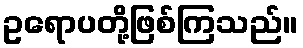
ဥရောပတို့ဖြစ်ကြသည်။